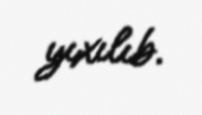
yıxılıb.